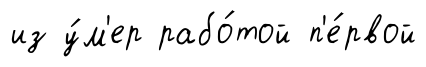
из у́м'ер рабо́той п'е́рвой